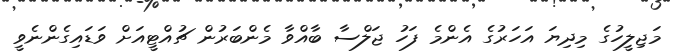
މަޖިލީހުގެ މިދިޔަ އަހަރުގެ އެންމެ ފަހު ޖަލްސާ ބާއްވާ މެންބަރުން ޗުއްޓީއަށް ވަޑައިގެންނެވީ